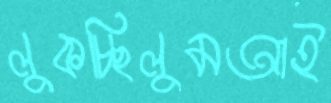
লুকচ্ছিলুমআই